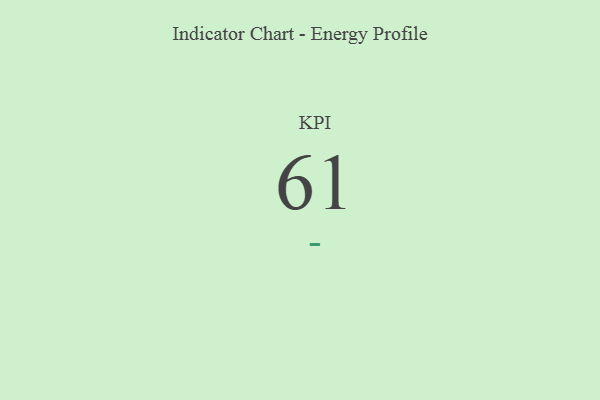
{"axis": {"x": "KPI", "y": "Value"}, "legend": [""], "data": [{"x": "KPI", "y": 61, "type": ""}]}